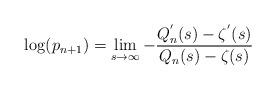
LaTeX: \begin{align*}\log(p_{n+1})=\lim_{s\to\infty} -\frac{Q_{n}^{'}(s)-\zeta^{'}(s)}{Q_{n}(s)-\zeta(s)}\end{align*}